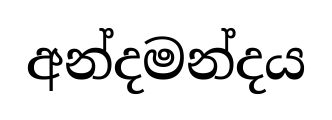
අන්දමන්දය